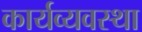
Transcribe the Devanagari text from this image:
कार्यव्यवस्था